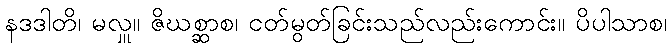
နဒဒါတိ၊ မလှူ။ ဇိဃစ္ဆာစ၊ ငတ်မွတ်ခြင်းသည်လည်းကောင်း။ ပိပါသာစ၊